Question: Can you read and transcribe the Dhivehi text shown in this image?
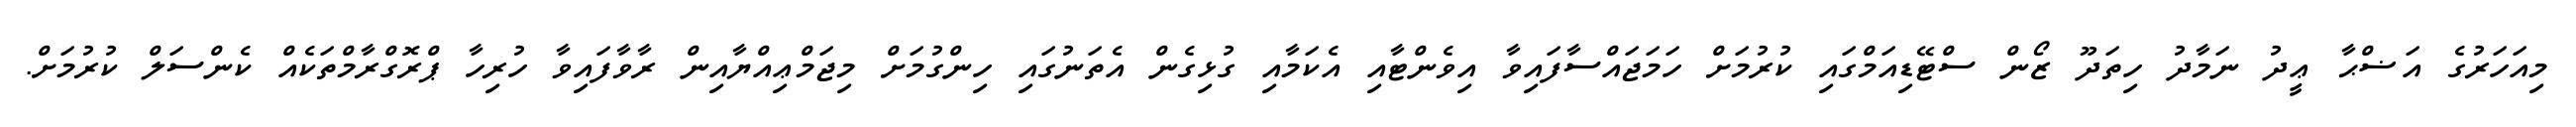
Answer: މިއަހަރުގެ އަޟްޙާ ޢީދު ނަމާދު ހިތަދޫ ޒޯން ސްޓޭޑިއަމްގައި ކުރުމަށް ހަމަޖައްސާފައިވާ އިވެންޓާއި އެކަމާއި ގުޅިގެން އެތަނުގައި ހިންގުމަށް މިޖަމްޢިއްޔާއިން ރާވާފައިވާ ހުރިހާ ޕްރޮގްރާމްތަކެއް ކެންސަލް ކުރުމަށް.